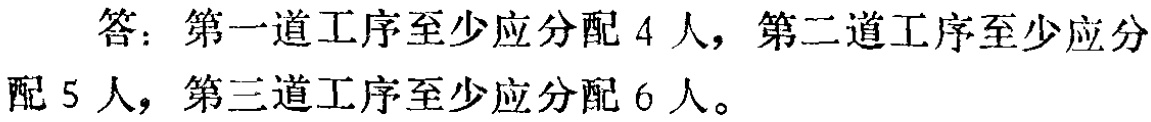
答：第一道工序至少应分配 4 人，第二道工序至少应分

配 5 人，第三道工序至少应分配 6 人。